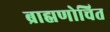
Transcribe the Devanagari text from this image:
ब्राह्मणोचित